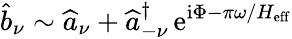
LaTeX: \widehat{b}_{\nu}\sim\widehat{a}_{\nu}+\widehat{a}_{-\nu}^{\dagger}\, \mathrm{e}^{\mathrm{i}\Phi-\pi\omega/H_{\mathrm{eff}}}